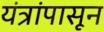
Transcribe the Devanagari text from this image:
यंत्रांपासून